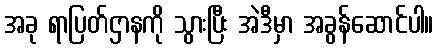
အခု ရာပြတ်ဌာနကို သွားပြီး အဲဒီမှာ အခွန်ဆောင်ပါ။